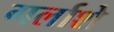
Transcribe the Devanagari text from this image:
गर्लाशे